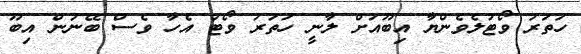
ހަތަރު ވޯޓުލެވެންޔާ އިބޫއަށް ލާނީ ހަތަރު ވޯޓު އެހާ ވެސް ބޭނުން އިބޫ